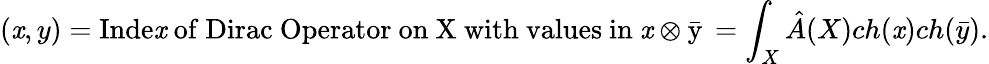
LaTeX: (\mathit{x},y)=\mathrm{{Inde\mathit{x}\ of\ Dirac\ Operator\ on\ X\ with\ values\ in\ \mathit{x}\otimes\bar{{y}}}}\, =\int_{X}\hat{{A}}(X)ch(\mathit{x})ch(\bar{{y}}).